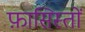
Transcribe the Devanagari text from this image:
फ़ासिस्तों